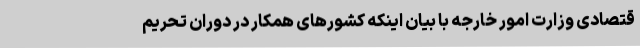
قتصادی وزارت امور خارجه با بیان اینکه کشورهای همکار در دوران تحریم